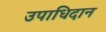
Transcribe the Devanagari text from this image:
उपाधिदान